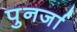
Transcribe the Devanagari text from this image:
पुनर्जा